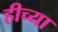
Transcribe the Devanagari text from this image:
हीच्या